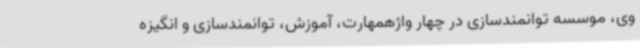
وی، موسسه توانمندسازی در چهار واژهمهارت، آموزش، توانمندسازی و انگیزه